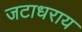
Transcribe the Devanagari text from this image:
जटाधराय